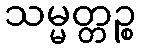
သမ္မတ္တဉ္စ